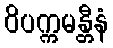
ဝိပက္ကမန္တီနံ